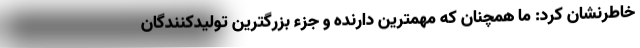
خاطرنشان کرد: ما همچنان که مهمترین دارنده و جزء بزرگترین تولیدکنندگان